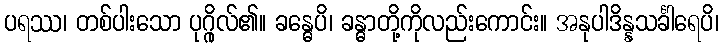
ပရဿ၊ တစ်ပါးသော ပုဂ္ဂိုလ်၏။ ခန္ဓေပိ၊ ခန္ဓာတို့ကိုလည်းကောင်း။ အနုပါဒိန္နသင်္ခါရေပိ၊